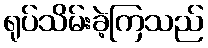
ရုပ်သိမ်းခဲ့ကြသည်